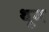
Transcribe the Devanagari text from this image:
थूम